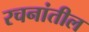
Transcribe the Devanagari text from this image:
रचनांतील